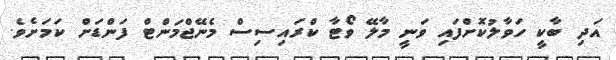
އަދި ބާކީ ހަވާލުކޮށްފައި ވަނީ މާލޭ ވޯޓާ ކްރައިސިސް މެނޭޖްމަންޓް ފަންޑަށް ކަމަށެވެ.